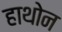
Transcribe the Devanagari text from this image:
हाथोन